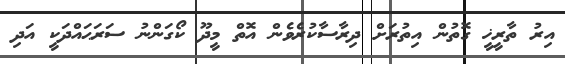
އިރު ތާރީޚީ ގޮތުން އިތުރަށް ދިރާސާކުރެވެން އޮތް މީދޫ ކޯގަންނު ސަރަޙައްދަކީ އަދި